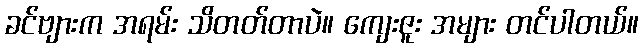
ခင်ဗျားက အရမ်း သိတတ်တာပဲ။ ကျေးဇူး အများ တင်ပါတယ်။